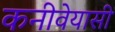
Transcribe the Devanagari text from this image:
कनीवेयासी